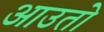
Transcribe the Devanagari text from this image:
आउतो